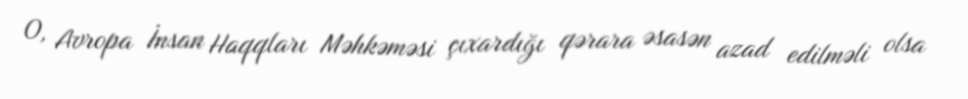
O, Avropa İnsan Haqqları Məhkəməsi çıxardığı qərara əsasən azad edilməli olsa